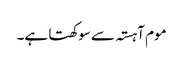
موم آہستہ سے سوکھتا ہے۔